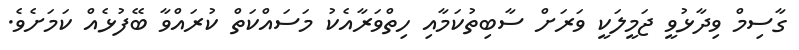
ގާސިމް ވިދާޅުވީ ޖަމީލަކީ ވަަރަށް ސާބިތުކަމާއި ހިތްވަރާއެކު މަސައްކަތް ކުރައްވާ ބޭފުޅެއް ކަމަށެވެ.